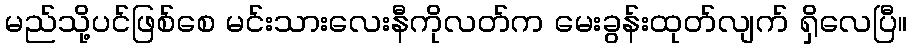
မည်သို့ပင်ဖြစ်စေ မင်းသားလေးနီကိုလတ်က မေးခွန်းထုတ်လျက် ရှိလေပြီ။